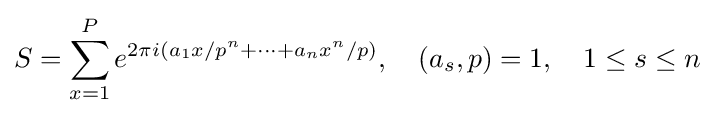
S=\sum _{x=1}^{P}e^{2\pi i(a_{1}x/p^{n}+\cdots +a_{n}x^{n}/p)},\quad (a_{s},p)=1,\quad 1\leq s\leq n